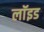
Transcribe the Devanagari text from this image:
लाॅइड